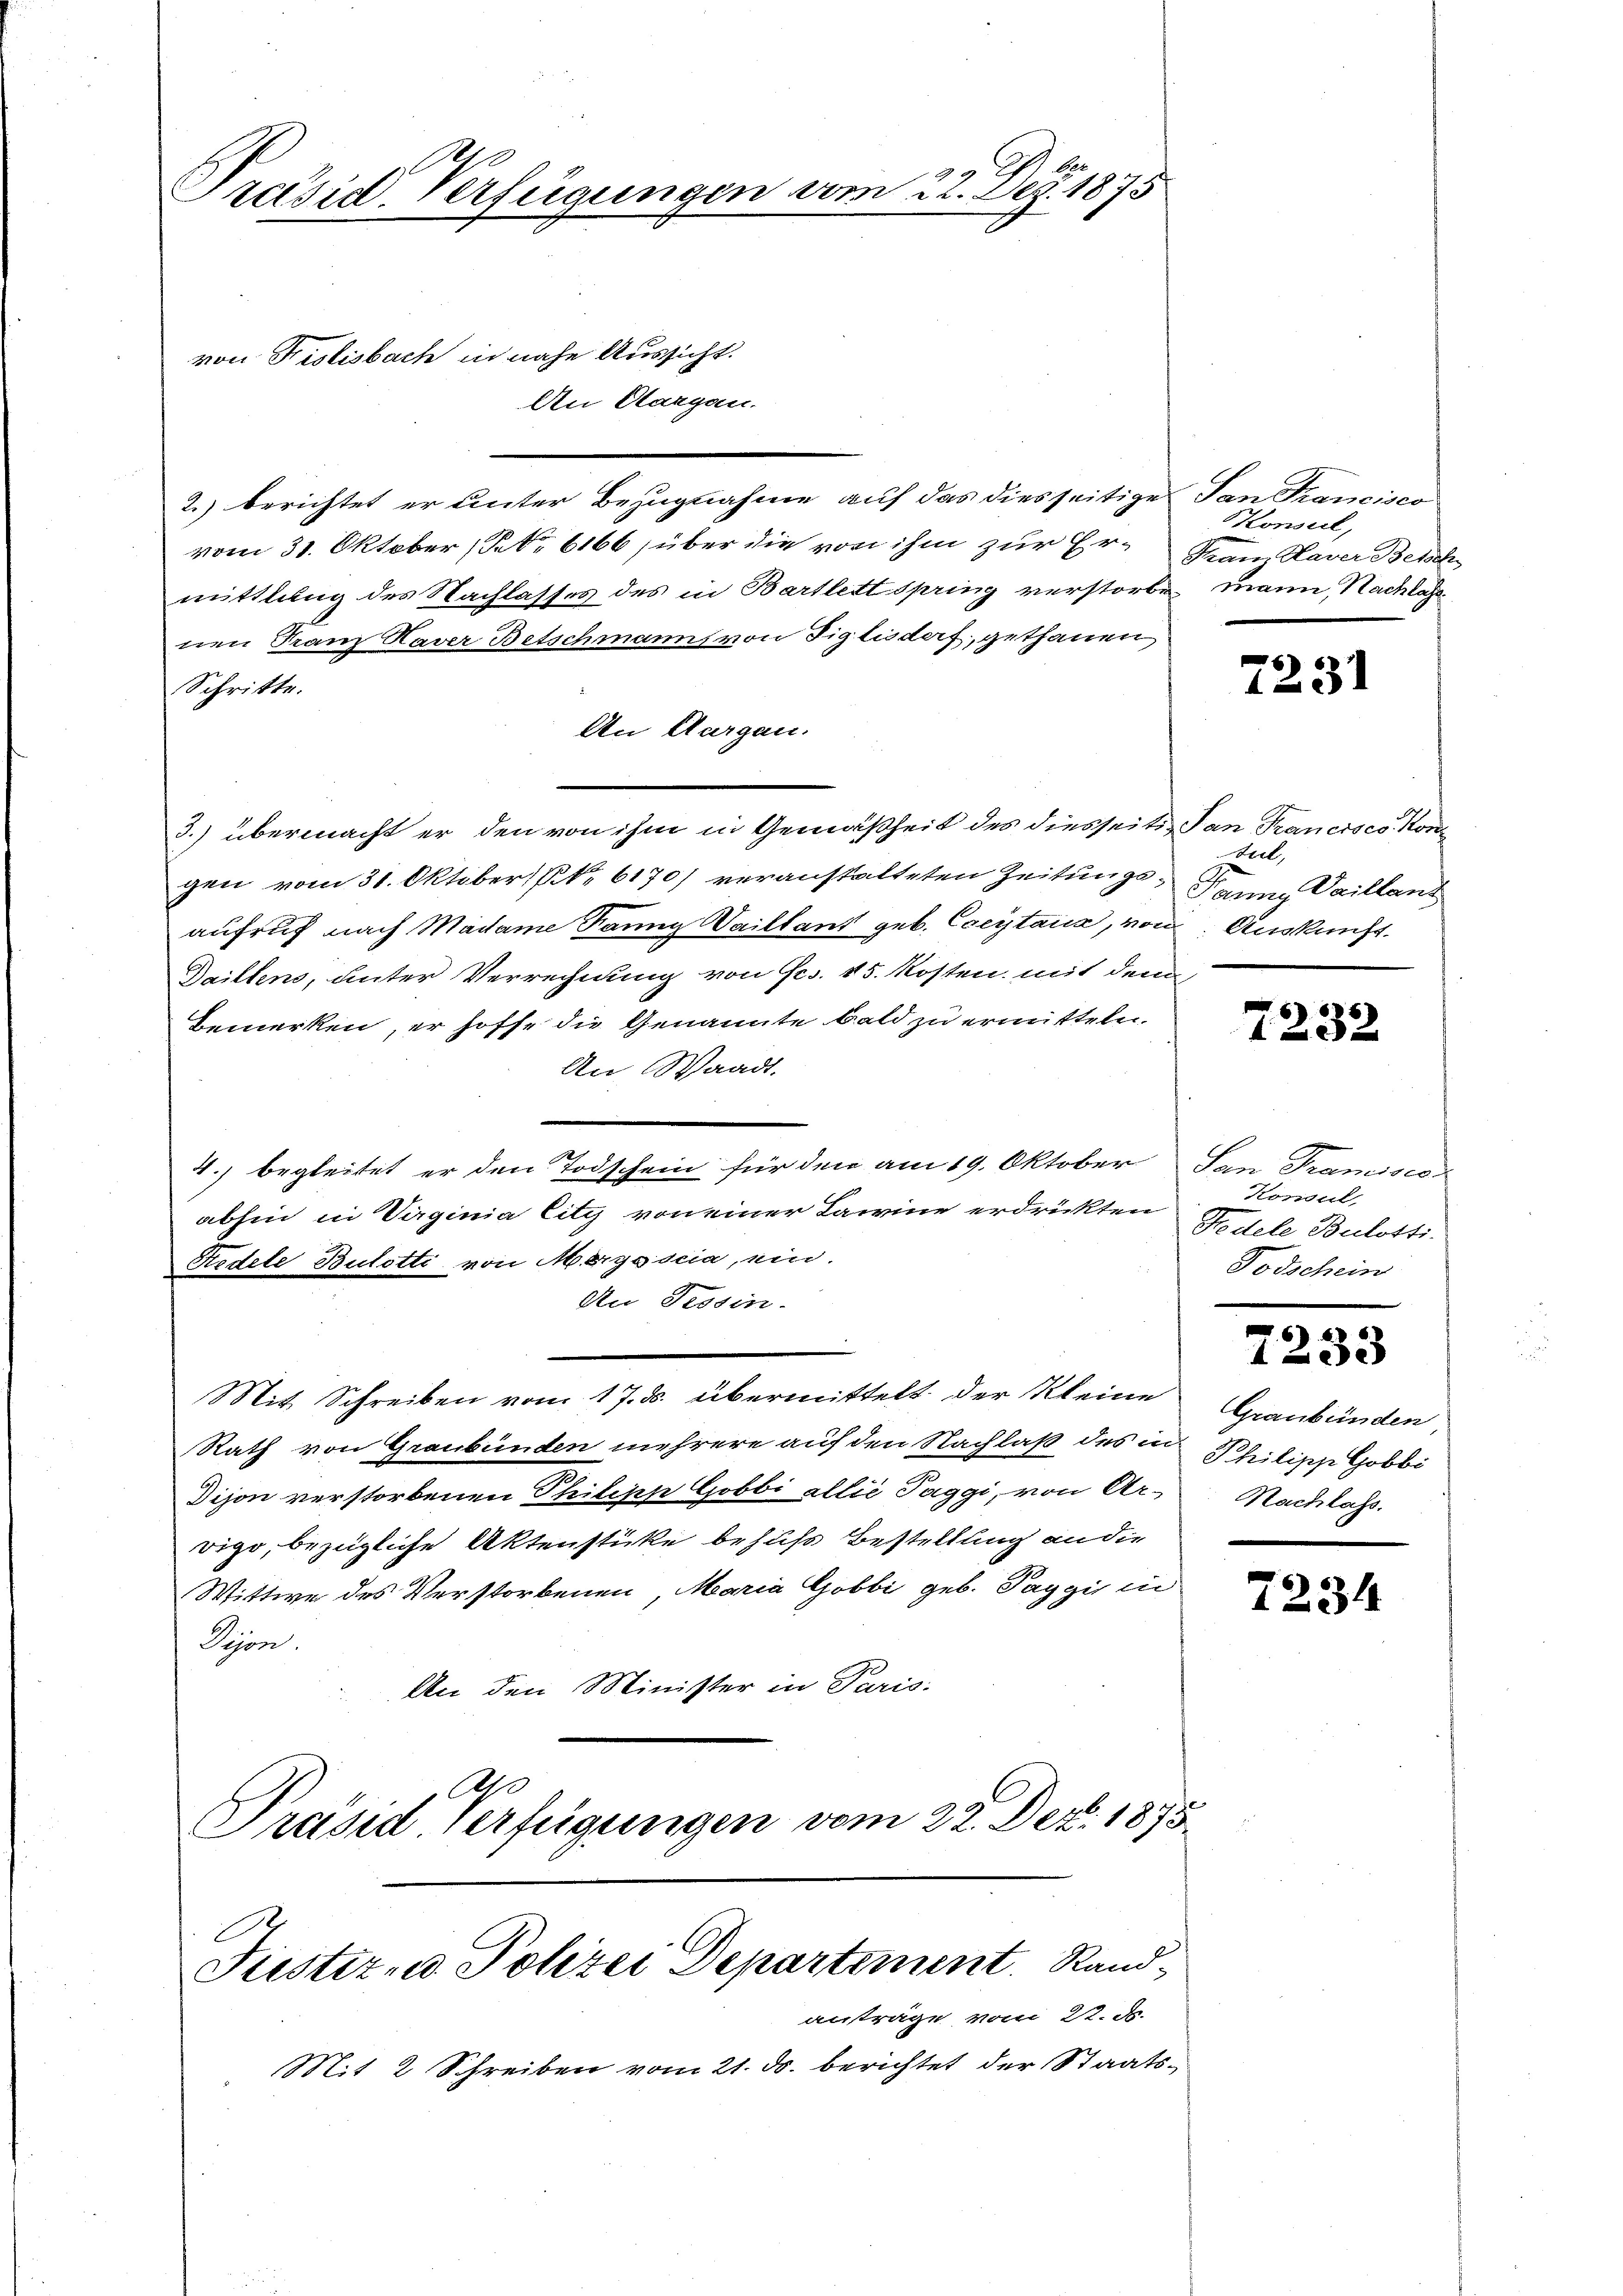
Präsid-Verfügungen vom 22. Dez. 1875

von Kislisbach in nahe Aussicht.
An Aargau.
2.) berichtet er unter Bezugnahme auf das diesseitige
vom 31. Oktober, Petr. 6166, über die von ihm zur Er¬ Franz Xaver Betsch
mittlung des Nachlasses des in Bartlett spring verstorben mann, Nachlag
nen Franz Xaver Betschmann von Figlisdorf, gethanen,
Schritte.
An Aargau.
3.) übermacht er den von ihm in Gemäßheit des diesseiti- San Francisco Kongen vom 31. Oktobers P. 6170) veranstalteten Zeitungs- Weillant
aufruf nach Madame Ranny Vaillant geb. Coeytana, von Auskunft.
Dailtens, unter Verrechnung von Frs. 15. Kosten, mit dem
bemerken, er hoffe die Genannte bald zu ermitteln.
An Waadt.
1
Todschein für den am 19. Oktober
4.) begleitet er den
abhin in Virginia litz von einer Lawine erdrückten
Redele Bulotti von Merysscia, ein.
An Tessin.
Mit Schreiben vom 17. ds. übermittelt der Kleine
Rath von Graubünden mehrere auf den Nachlaß des in Philipp Gobbi
Dijon verstorbenen Philipp Gobbi allie Taggi, von Arvigo, bezügliche Aktenstücke behufs Bestellung an die
Wittwe des Verstorbenen Maria Gobbi geb. Paggis in
Pion.
An den Minister in Paris.
l
Präsid Verfügungen vom 22. Dez. 1875.

E
Justiz- u. Polizei Departement. Randanträge vom 22. ds.

San Francisco
Konseil,

teil,

San Transsess
Konsul,
Pedele Bulotti
Todschein

Mit 2 Schreiben vom 21. ds. berichtet der Staats¬

7231

7232.

e

1233

Graubünden
Nachlass.

7234